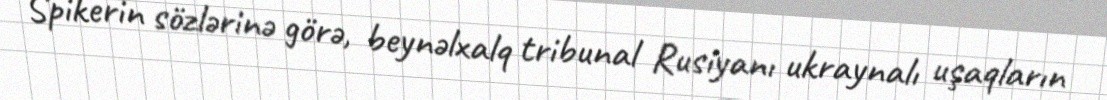
Spikerin sözlərinə görə, beynəlxalq tribunal Rusiyanı ukraynalı uşaqların